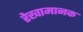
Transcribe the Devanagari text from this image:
रेखामानक